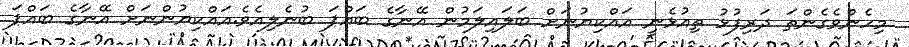
މިހެންވެގެންތަ ދަރިފުޅު ތިއުޅެނީ އައްކިޔުނަށް ބަލައިލަމުން އޭނާގެ ބައްޕަ ބުނެލިއެވެ.އައްކިޔުންނަށް އޭނާގެ ބައްޕަ